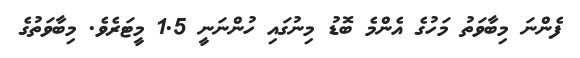
ފެންނަ މިބާވަތު މަހުގެ އެންމެ ބޮޑު މިނުގައި ހުންނަނީ 1.5 މީޓަރެވެ. މިބާވަތުގެ